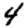
Digit: 4